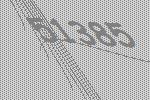
51385